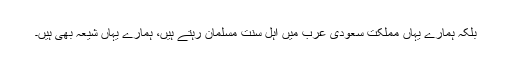
بلکہ ہمارے یہاں مملکت سعودى عرب میں اہل سنت مسلمان رہتے ہیں، ہمارے یہاں شیعہ بهى ہیں۔